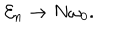
LaTeX: { \cal E } _ { n } \rightarrow N \omega _ { 0 } .